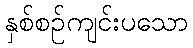
နှစ်စဉ်ကျင်းပသော